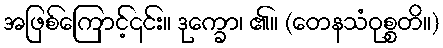
အဖြစ်ကြောင့်၎င်း။ ဒုက္ခော၊ ၏။ (တေနသံဝုစ္စတိ။)